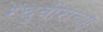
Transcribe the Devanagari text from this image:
रघुवीराच्या